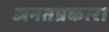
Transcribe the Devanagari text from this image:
अनतप्रकार।